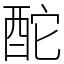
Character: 酡